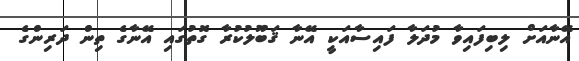
އޭނާއަށް ލިބިފައިވާ މުދަލާ ފައިސާއަކީ އޭނާ ޤަބޫލުކުރާ ގޮތުގައި އޭނާގެ ތިން ދަރިންގެ